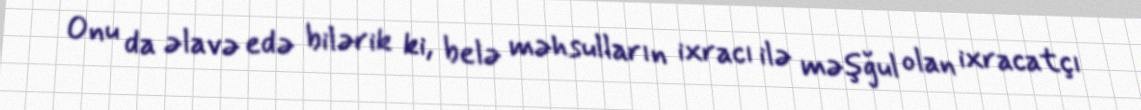
Onu da əlavə edə bilərik ki, belə məhsulların ixracı ilə məşğul olan ixracatçı